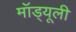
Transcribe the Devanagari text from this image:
मॉड्यूली